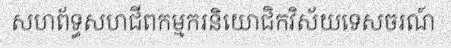
សហព័ទ្ធសហជីពកម្មករនិយោជិកវិស័យទេសចរណ៍